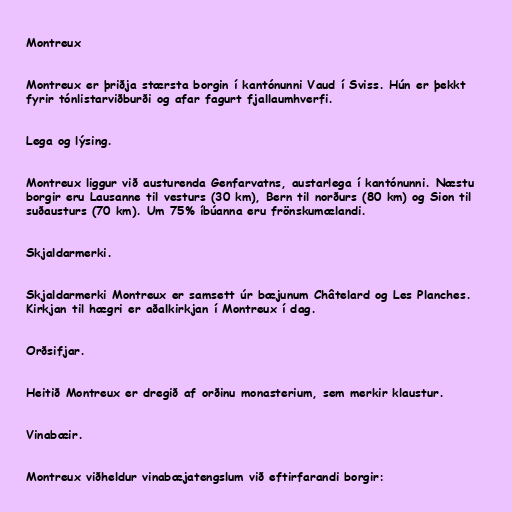
Montreux

Montreux er þriðja stærsta borgin í kantónunni Vaud í Sviss. Hún er þekkt
fyrir tónlistarviðburði og afar fagurt fjallaumhverfi.

Lega og lýsing.

Montreux liggur við austurenda Genfarvatns, austarlega í kantónunni. Næstu
borgir eru Lausanne til vesturs (30 km), Bern til norðurs (80 km) og Sion til
suðausturs (70 km). Um 75% íbúanna eru frönskumælandi.

Skjaldarmerki.

Skjaldarmerki Montreux er samsett úr bæjunum Châtelard og Les Planches.
Kirkjan til hægri er aðalkirkjan í Montreux í dag.

Orðsifjar.

Heitið Montreux er dregið af orðinu monasterium, sem merkir klaustur.

Vinabæir.

Montreux viðheldur vinabæjatengslum við eftirfarandi borgir: